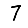
Digit: 7